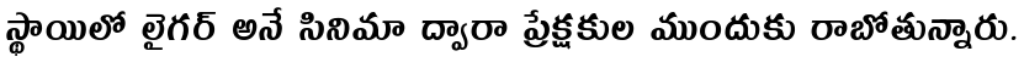
స్థాయిలో లైగర్ అనే సినిమా ద్వారా ప్రేక్షకుల ముందుకు రాబోతున్నారు.